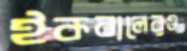
ইকবালেরও